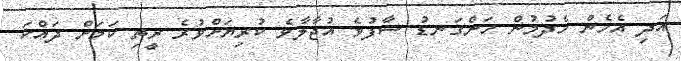
އަދި އެހެން ހެދުމުން ހަންގަނޑު ސާފުވެ އުޖާލާވެ ކުރިޔަށްވުރެ ރީތި ކަމަށް ދައްކަ